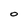
Character: 0